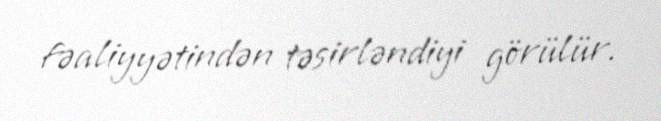
fəaliyyətindən təsirləndiyi görülür.